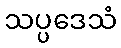
သပ္ပဒေသံ